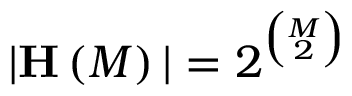
\vert \mathbf { H } \left( M \right) \vert = 2 ^ { \binom { M } { 2 } }